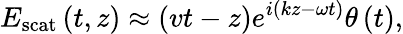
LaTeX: E_{\mathrm{scat}}\left(t,z\right)\approx\left(vt-z\right)e^{i\left(kz-\omega t\right)}\theta\left(t\right),